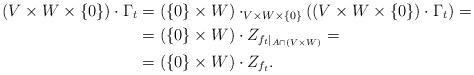
LaTeX: \begin{align*}(V\times W\times\{0\})\cdot \Gamma_{t}&=(\{0\}\times W)\cdot_{V\times W\times\{0\}}((V\times W\times\{0\})\cdot \Gamma_t)=\\&=(\{0\}\times W)\cdot Z_{f_t|_{A\cap (V\times W)}}=\\&=(\{0\}\times W)\cdot Z_{f_t}.\end{align*}